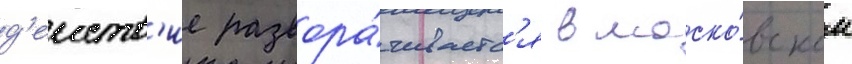
д'еиств'ие развора́чиваетс'я в моско́вском